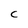
Character: C